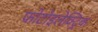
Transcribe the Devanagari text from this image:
फोटोइलेक्ट्रिक